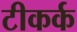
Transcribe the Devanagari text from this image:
टीकर्क